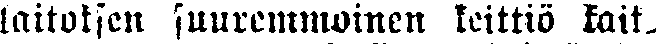
laitoksen suuremmoinen keittiö kaik-